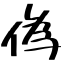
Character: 偽